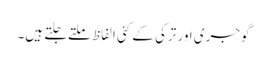
گوجری اور ترکی کے کئی الفاظ ملتےجلتے ہیں۔